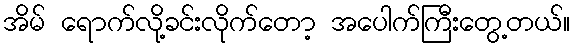
အိမ် ရောက်လို့ခင်းလိုက်တော့ အပေါက်ကြီးတွေ့တယ်။